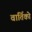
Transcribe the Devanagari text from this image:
वार्तिको